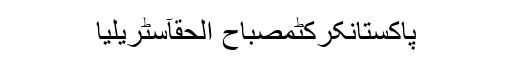
پاکستانکرکٹمصباح الحقآسٹریلیا